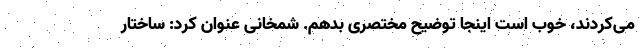
می‌کردند، خوب است اینجا توضیح مختصری بدهم. شمخانی عنوان کرد: ساختار